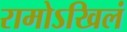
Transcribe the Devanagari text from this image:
रामोऽखिलं